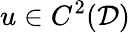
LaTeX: u\in C^{2}(\mathcal{D})